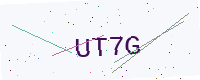
Text: UT7G